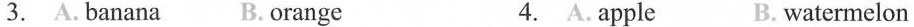
3. A.banana B.orange 4. A.apple B. watermelon